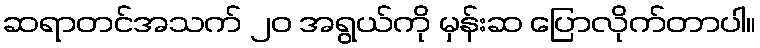
ဆရာတင်အသက် ၂၀ အရွယ်ကို မှန်းဆ ပြောလိုက်တာပါ။